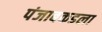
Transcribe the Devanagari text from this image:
पंजाबकडला